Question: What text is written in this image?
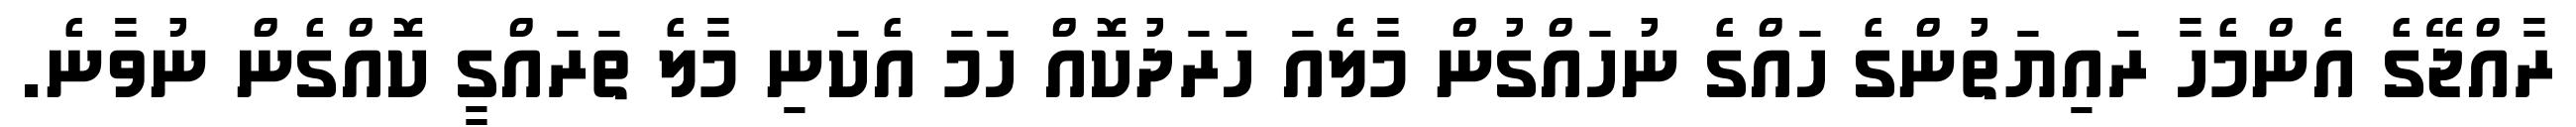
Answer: ރާއްޖޭގެ އެންމެހާ ރައިޔަތުންގެ ހައްގެ ނުހައްގުން މާލެއަ ހަރަދުކޮއް ހަމަ އެކަނި މާލެ ތަރައްގީ ކޮއްގެން ނުވާނެ.